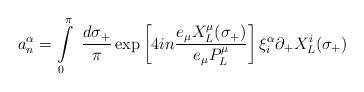
LaTeX: \begin{align*}a^{\alpha}_{n}=\int\limits_{0}^{\pi}~\frac{d\sigma_{+}}{\pi} \exp\left[4in\frac{e_{\mu} X^{\mu}_{L}(\sigma_{+})}{e_{\mu}P^{\mu}_{L}}\right] \xi^{\alpha}_{i}\partial_{+}X^{i}_{L}(\sigma_{+})\end{align*}